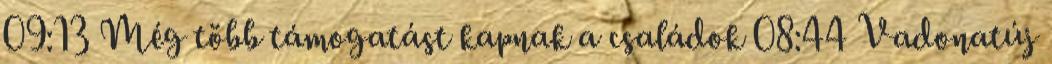
09:13 Még több támogatást kapnak a családok 08:44 Vadonatúj